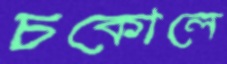
চকোলে